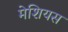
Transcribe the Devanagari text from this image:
मेशियस